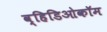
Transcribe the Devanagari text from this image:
व्हिडिओकॉम